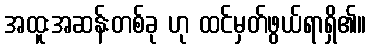
အထူးအဆန်းတစ်ခု ဟု ထင်မှတ်ဖွယ်ရာရှိ၏။